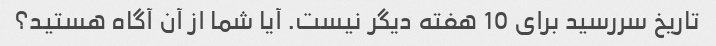
تاریخ سررسید برای 10 هفته دیگر نیست. آیا شما از آن آگاه هستید؟